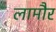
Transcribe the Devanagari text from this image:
लामौर